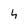
Character: 4